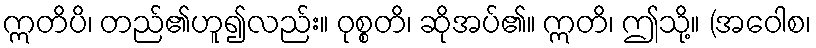
ဣတိပိ၊ တည်၏ဟူ၍လည်း။ ဝုစ္စတိ၊ ဆိုအပ်၏။ ဣတိ၊ ဤသို့။ (အဝေါစ၊